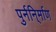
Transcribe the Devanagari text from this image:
पुर्ननि्र्माण